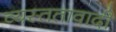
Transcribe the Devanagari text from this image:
व्यस्ततावादी